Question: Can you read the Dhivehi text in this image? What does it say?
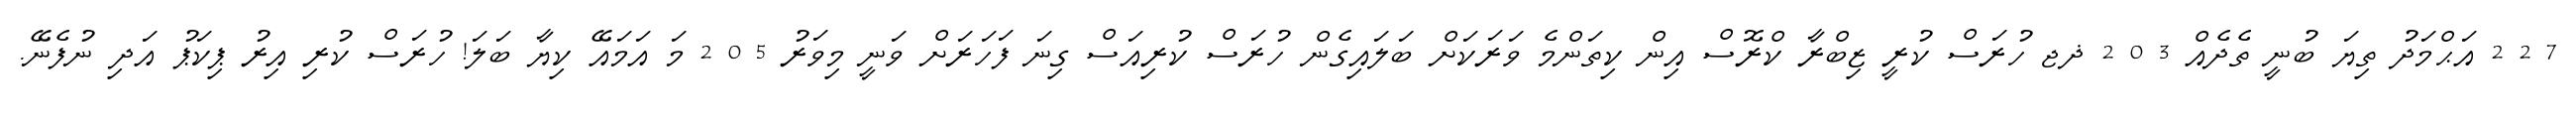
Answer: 7 2 2 އަޙްމަދު ތިޔަ ބުނީ ތެދެއް 3 0 2 ޛޖ ހުރަސް ކުރީ ޒިބްރާ ކްރޮސް އިން ކިތަންމެ ވަރަކަށް ބަލައިގެން ހުރަސް ކުރިއަސް ގިނަ ފަހަރަށް ވަނީ މިވަރު 5 0 2 މަ އަމައޭ ކިޔާ ބަލަ! ހުރަސް ކުރި އިރު ޕިކަޕު އަދި ނުފެނޭ.